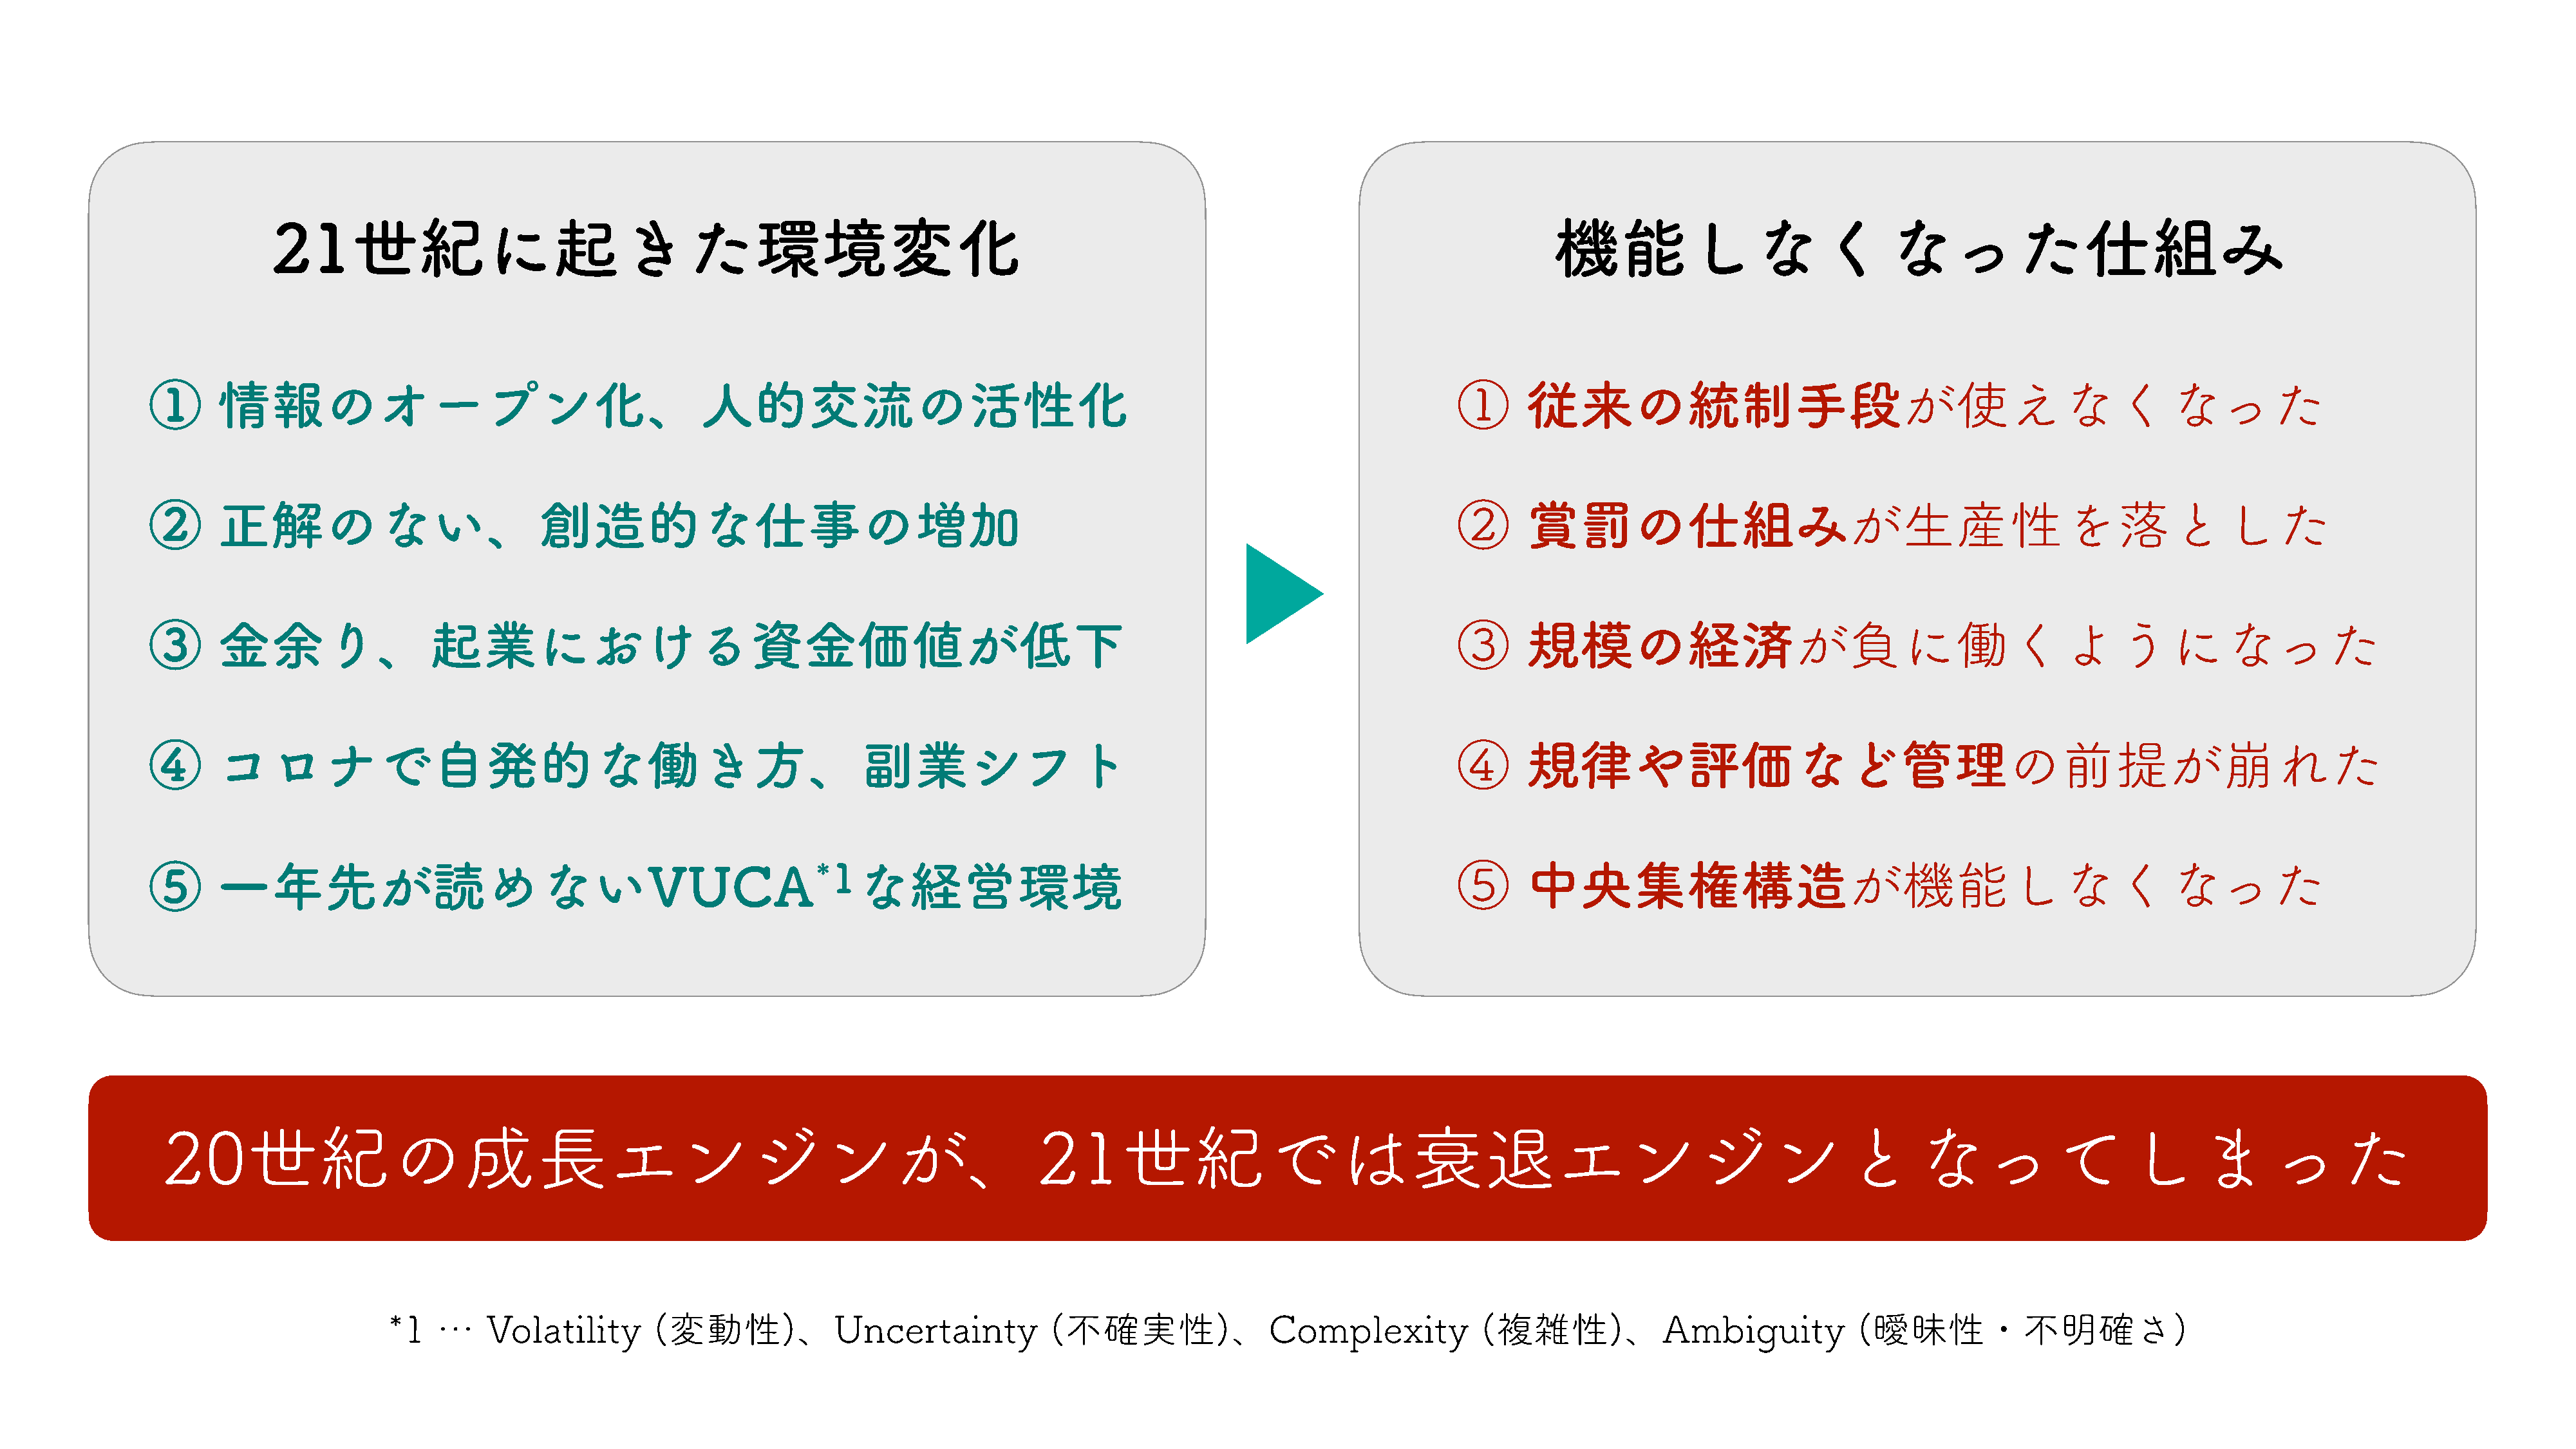
21世紀に起きた環境変化                                                                                                                        機能しなくなった仕組み
 ①      情報のオープン化、人的交流の活性化                                                                                                               ①      従来の統制手段が使えなくなった
 ②      正解のない、創造的な仕事の増加                                                                                                                 ②      賞罰の仕組みが生産性を落とした
 ③      金余り、起業における資金価値が低下                                                                                                               ③      規模の経済が負に働くようになった
 ④      コロナで自発的な働き方、副業シフト                                                                                                               ④      規律や評価など管理の前提が崩れた
 ⑤      一年先が読めないVUCA*1な経営環境                                                                                                             ⑤      中央集権構造が機能しなくなった
 20世紀の成長エンジンが、21世紀では衰退エンジンとなってしまった
 *1   …    Volatility       (変動性)、Uncertainty                        (不確実性)、Complexity                           (複雑性)、Ambiguity                        (曖昧性・不明確さ)